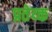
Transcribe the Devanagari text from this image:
प्रतेय्क